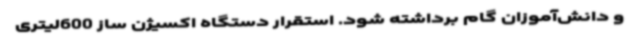
و دانش‌آموزان گام برداشته شود. استقرار دستگاه اکسیژن ساز 600لیتری